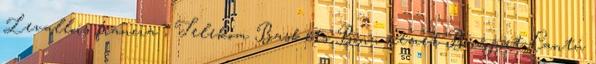
Levallois francia , Telekom Baskets Bonn német B-csoport: Cantú